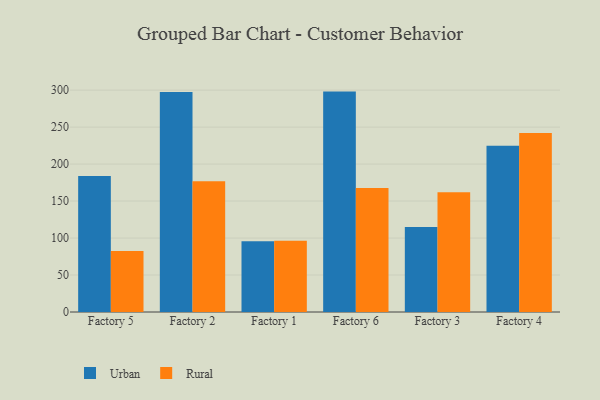
{"axis": {"x": "Factory", "y": "LTV (USD)"}, "legend": ["Rural", "Urban"], "data": [{"x": "Factory 5", "y": 183.9, "type": "Urban"}, {"x": "Factory 5", "y": 82.6, "type": "Rural"}, {"x": "Factory 2", "y": 297.5, "type": "Urban"}, {"x": "Factory 2", "y": 176.9, "type": "Rural"}, {"x": "Factory 1", "y": 95.6, "type": "Urban"}, {"x": "Factory 1", "y": 96.5, "type": "Rural"}, {"x": "Factory 6", "y": 298.0, "type": "Urban"}, {"x": "Factory 6", "y": 167.6, "type": "Rural"}, {"x": "Factory 3", "y": 115.0, "type": "Urban"}, {"x": "Factory 3", "y": 161.9, "type": "Rural"}, {"x": "Factory 4", "y": 224.7, "type": "Urban"}, {"x": "Factory 4", "y": 242.1, "type": "Rural"}]}